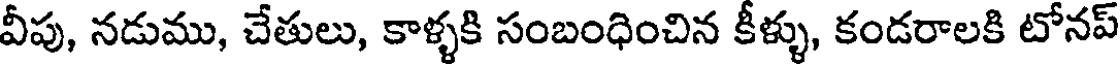
వీపు, నడుము, చేతులు, కాళ్ళకి సంబంధించిన కీళ్ళు, కండరాలకి టోనప్